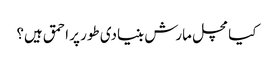
کیا مچل مارش بنیادی طور پر احمق ہیں؟